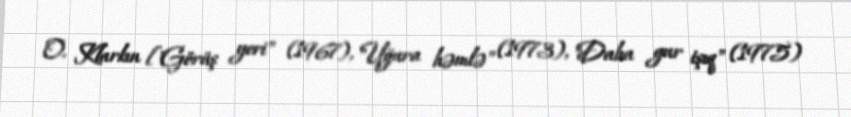
O. Klarkın ["Görüş yeri" (1967), "Uğura həmlə" (1973), "Daha gur işıq" (1975)